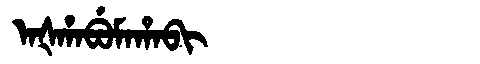
Manchu: ᠠᡧᡥᠠᠪᡠᠮᠠᡥᠠᠪᡳ
Romanization: AŠHABUMAHABI